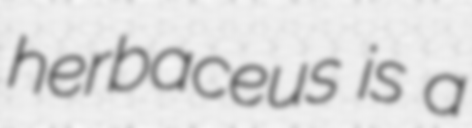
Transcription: herbaceus is a